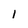
Character: 1